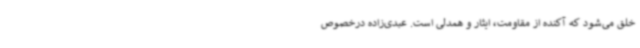
خلق می‌شود که آکنده از مقاومت، ایثار و همدلی است. عبدی‌زاده درخصوص